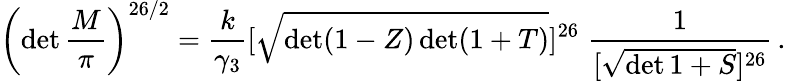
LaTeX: \left(\operatorname*{det}\frac{M}{\pi}\right)^{26/2}=\frac{k}{\gamma_{3}}[\sqrt{\operatorname*{det}(1-Z)\operatorname*{det}(1+T)}]^{26}\; \frac{1}{[\sqrt{\operatorname*{det}1+S}]^{26}}\, .